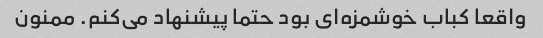
واقعا کباب خوشمزه‌ای بود حتما پیشنهاد می‌کنم. ممنون